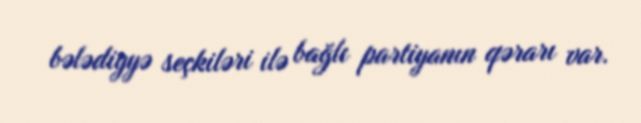
bələdiyyə seçkiləri ilə bağlı partiyanın qərarı var.